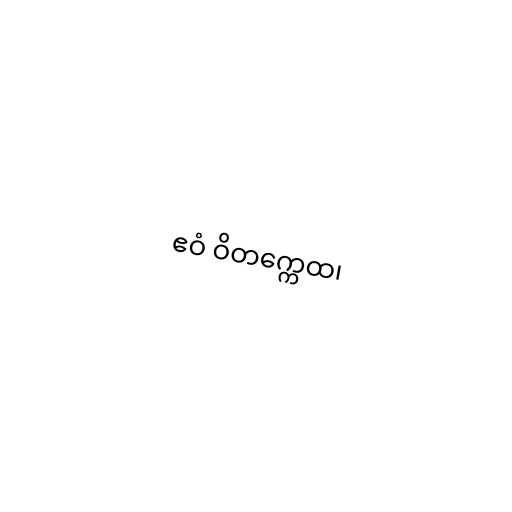
ဧဝံ ဝိတက္ကေထ၊